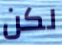
لكن